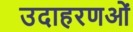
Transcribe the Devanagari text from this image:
उदाहरणओं